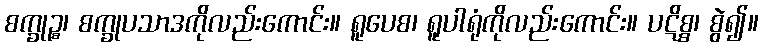
စက္ခုဉ္စ၊ စက္ခုပသာဒကိုလည်းကောင်း။ ရူပေစ၊ ရူပါရုံကိုလည်းကောင်း။ ပဋိစ္စ၊ စွဲ၍။